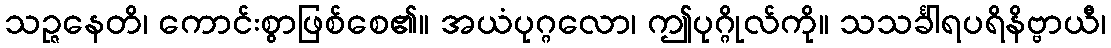
သဉ္ဇနေတိ၊ ကောင်းစွာဖြစ်စေ၏။ အယံပုဂ္ဂလော၊ ဤပုဂ္ဂိုလ်ကို။ သသင်္ခါရပရိနိဗ္ဗာယီ၊